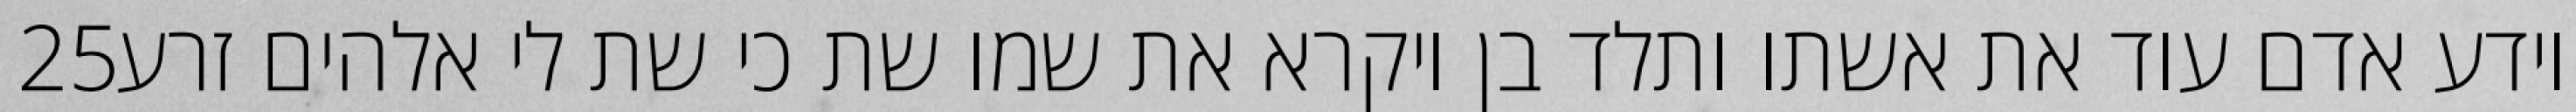
‎25‏ וידע אדם עוד את אשתו ותלד בן ויקרא את שמו שת כי שת לי אלהים זרע